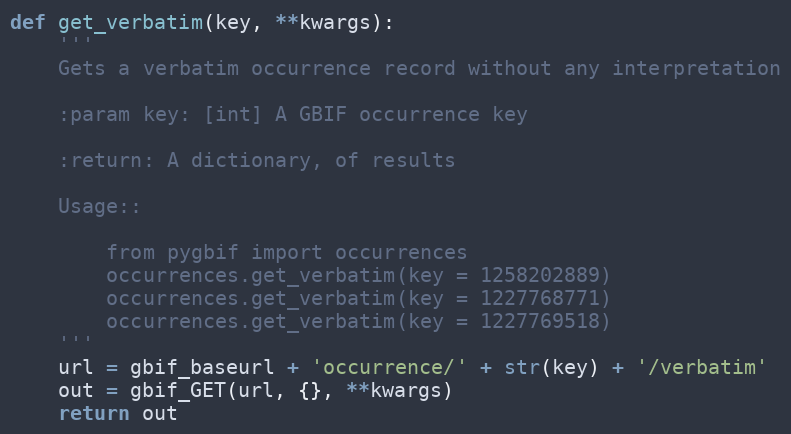
Language: Python
def get_verbatim(key, **kwargs):
    '''
    Gets a verbatim occurrence record without any interpretation

    :param key: [int] A GBIF occurrence key

    :return: A dictionary, of results

    Usage::

        from pygbif import occurrences
        occurrences.get_verbatim(key = 1258202889)
        occurrences.get_verbatim(key = 1227768771)
        occurrences.get_verbatim(key = 1227769518)
    '''
    url = gbif_baseurl + 'occurrence/' + str(key) + '/verbatim'
    out = gbif_GET(url, {}, **kwargs)
    return out